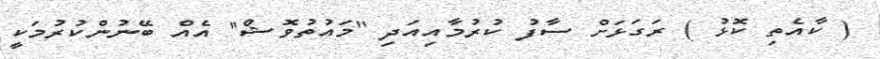
( ކާއެތި ކޮޅު ) ރަގަޅަށް ސާފު ކުރުމާއިއަދި ''މައުތުވޮޝް'' އެއް ބޭނުންކުރުމަކީ